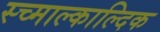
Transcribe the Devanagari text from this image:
स्च्माल्काल्दिक